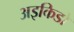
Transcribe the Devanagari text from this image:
अइकिडो